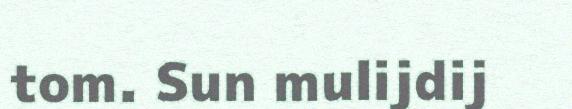
tom. Sun mulijdij